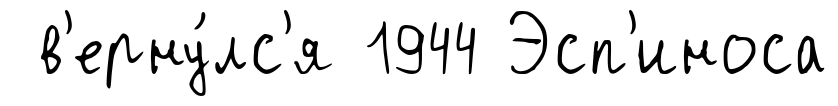
в'ерну́лс'я 1944 Эсп'иноса